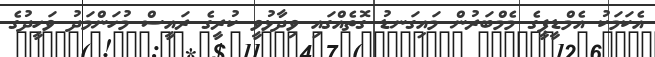
އެކަމަކު އެމްޑީޕީގެ މެމްބަރުން މައިގަނޑު ގޮތެއްގައި ވިދާޅުވީ ކުރީގެ ރައީސް މުހަންމަދު ވަހީދުގެ